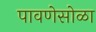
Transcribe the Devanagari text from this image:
पावणेसोळा